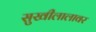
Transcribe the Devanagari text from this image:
सुखीलालावर